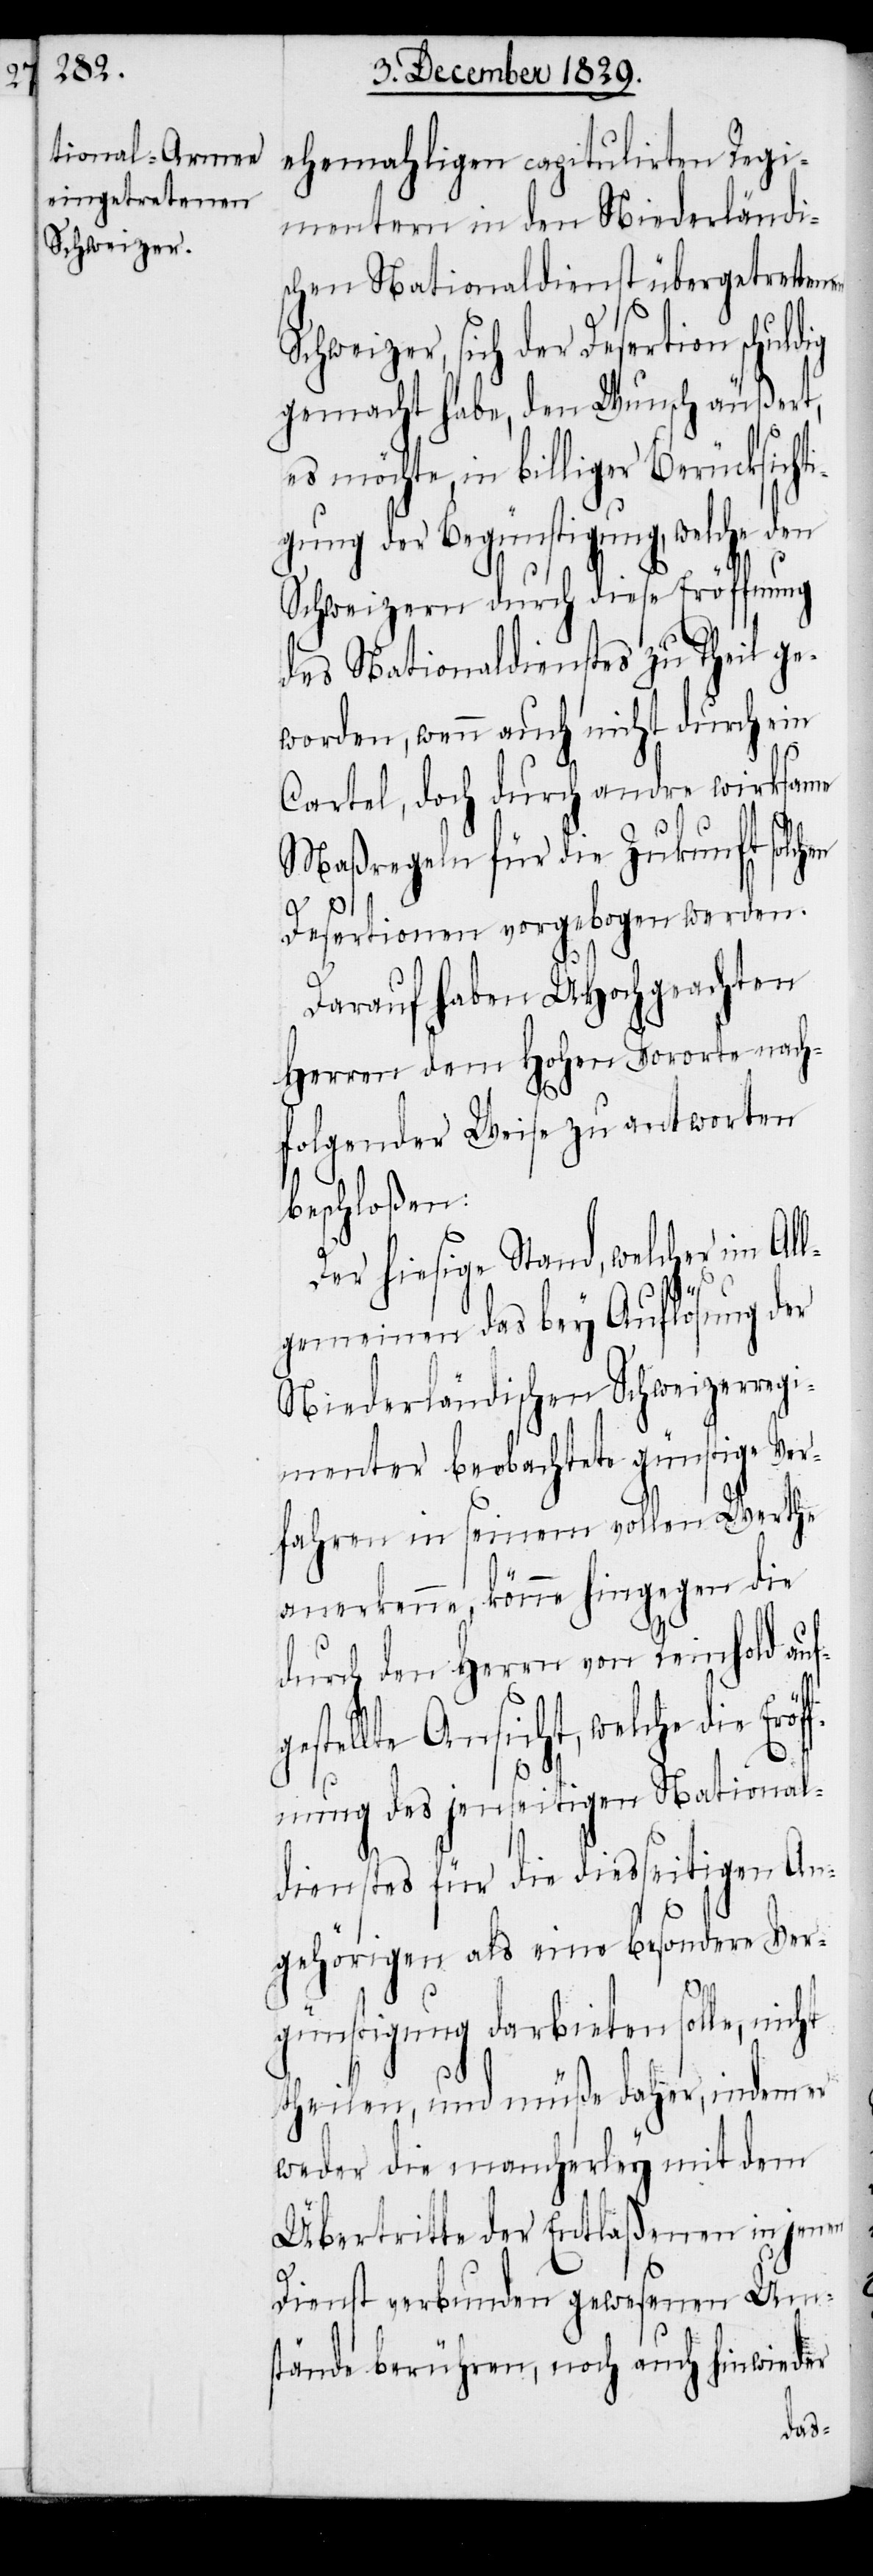
ehemahligen capitulirten Regi¬
mentern in den Niederländi¬
schen Nationaldienst übergetretenen
Schweizer, sich der Desertion schuldig
gemacht habe, den Wunsch äußert,
es möchte, in billiger Berücksicht¬
igung der Begünstigung, welche den
Schweizern durch diese Eröffnung
des Nationaldienstes zu Theil ge¬
worden, wenn auch nicht durch ein
Cartel, doch durch andre wirksame
Maßregeln für die Zukunft solchen
Desertionen vorgebogen werden.
Darauf haben UHochgeachten
Herren dem Hohen Vororte nach¬
folgender Weise zu antworten
beschloßen:
Der hiesige Stand, welcher im All¬
röff¬
gemeinen das bey Auflösung der
Niederländischen Schweizerregi¬
menter beobachtete günstige Ver¬
fahren in seinem vollen Werthe
anerkenne, könne hingegen die
durch den Herrn von Reinhold au¬
stellte Ansicht, welche die E¬
nung des jenseitigen National¬
dienstes für die diesseitigen An¬
gehörigen als eine besondere Ver¬
günstigung darbieten solle, nicht
theilen, und müße daher, indem er
weder die mancherley mit dem
Übertritte der Entlaßenen in jenem
Dienst verbunden gewesenen Ums¬
tände berühren, noch auch hinwieder